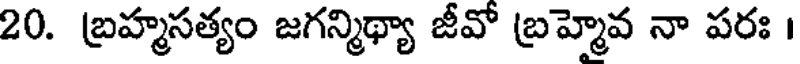
20. బ్రహ్మసత్యం జగన్మిథ్యా జీవో బ్రహ్మెవ నా పరః ।